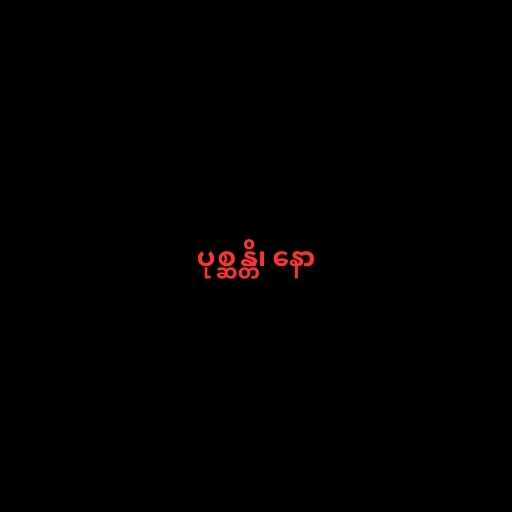
ပုစ္ဆန္တိ၊ နော